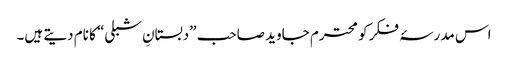
اس مدرسۂ فکر کو محترم جاوید صاحب ”دبستانِ شبلی“ کا نام دیتے ہیں۔